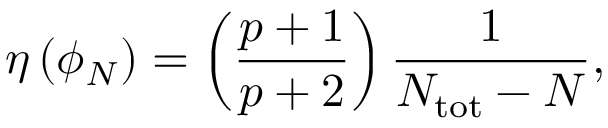
\eta \left( \phi _ { N } \right) = \left( { \frac { p + 1 } { p + 2 } } \right) { \frac { 1 } { N _ { \mathrm { t o t } } - N } } ,